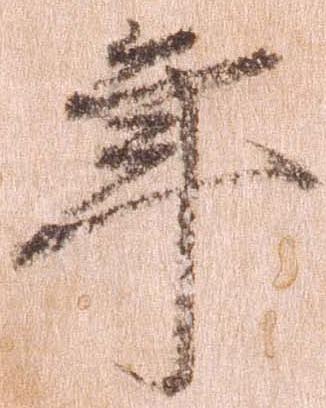
年